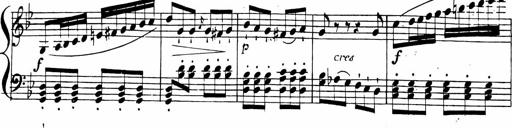
Title: 2 Piano Sonatinas
Composer: Ferdinand Ries